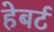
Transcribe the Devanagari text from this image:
हेबर्ट